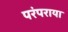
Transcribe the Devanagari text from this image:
परंपराया